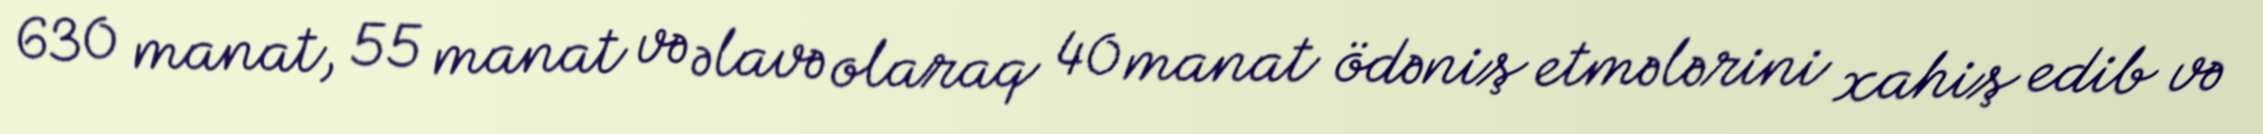
630 manat, 55 manat və əlavə olaraq 40 manat ödəniş etmələrini xahiş edib və